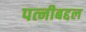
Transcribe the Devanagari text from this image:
पत्नीबद्दल